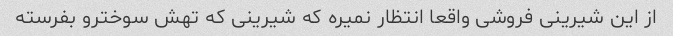
از این شیرینی فروشی واقعا انتظار نمیره که شیرینی که تهش سوخترو بفرسته